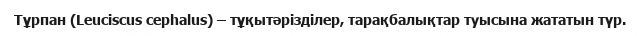
Тұрпан (Leucіscus cephalus) – тұқытәрізділер, тарақбалықтар туысына жататын түр.